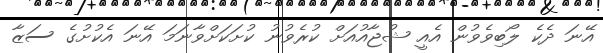
އޭނަ ދެކެ ލޯބިވެވުން އެއީ ޝުޖާއުއަށް ކުރެވުނު ކުށަކަށްވާނަމަ އޭނަ އެކުށުގެ ސަޒާ